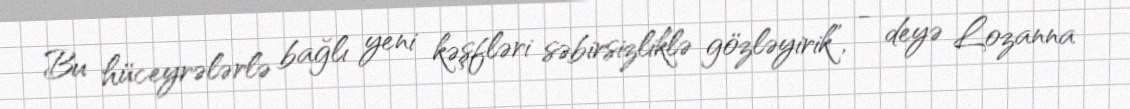
Bu hüceyrələrlə bağlı yeni kəşfləri səbirsizliklə gözləyirik”, - deyə Lozanna